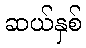
ဆယ်နှစ်